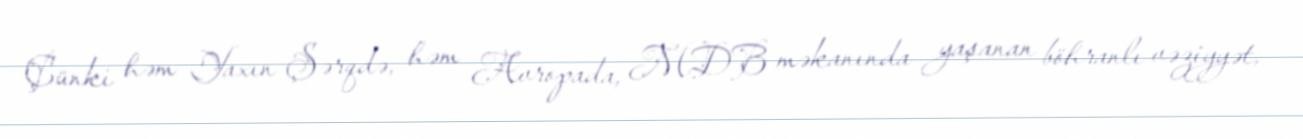
Çünki həm Yaxın Şərqdə, həm Avropada, MDB məkanında yaşanan böhranlı vəziyyət,